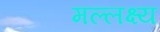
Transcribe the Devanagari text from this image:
मल्लक्ष्य